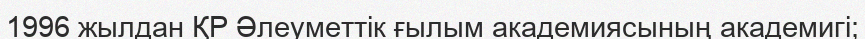
1996 жылдан ҚР Әлеуметтік ғылым академиясының академигі;